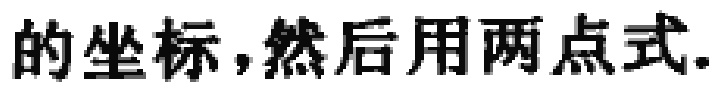
的坐标，然后用两点式.